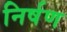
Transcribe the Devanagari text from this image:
निर्षण